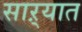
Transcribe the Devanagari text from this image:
साऱ्यात